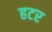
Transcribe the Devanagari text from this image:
हटर